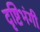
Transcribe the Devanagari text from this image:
दृष्टिभंगी